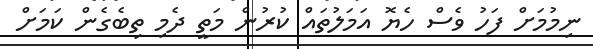
ނިމުމަށް ފަހު ވެސް ހެޔޮ އަމަލުތައް ކުރުން މަތީ ދެމި ތިބެގެން ކަމަށް